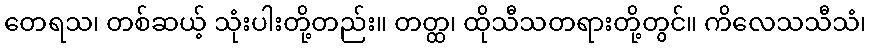
တေရသ၊ တစ်ဆယ့် သုံးပါးတို့တည်း။ တတ္ထ၊ ထိုသီသတရားတို့တွင်။ ကိလေသသီသံ၊